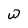
Character: w